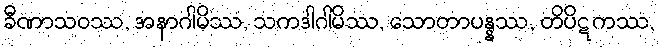
ခီဏာသဝဿ, အနာဂါမိဿ, သကဒါဂါမိဿ, သောတာပန္နဿ, တိပိဋကဿ,